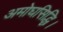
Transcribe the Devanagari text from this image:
अमोघसिद्धि।